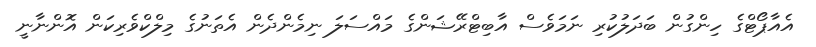
އެއާޕޯޓްގެ ހިންގުން ބަދަލުކުރި ނަމަވެސް އާބިޓްރޭޝަންގެ މައްސަލަ ނިމެންދެން އެތަނުގެ މިލްކްވެރިކަން އޮންނާނީ